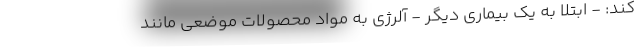
کند: - ابتلا به یک بیماری دیگر - آلرژی به مواد محصولات موضعی مانند